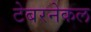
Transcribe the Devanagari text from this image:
टेबरनेकल